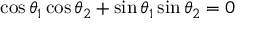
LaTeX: \cos \theta _ { 1 } \cos \theta _ { 2 } + \sin \theta _ { 1 } \sin \theta _ { 2 } = 0